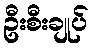
ဦးစီးချုပ်